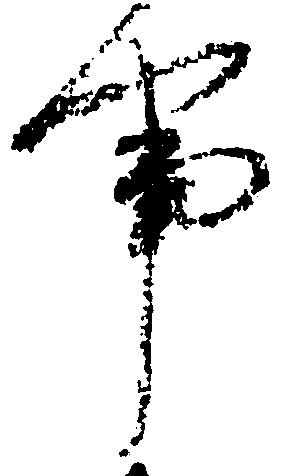
事